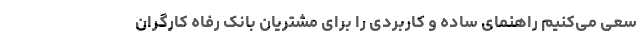
سعی می‌کنیم راهنمای ساده و کاربردی را برای مشتریان بانک رفاه کارگران